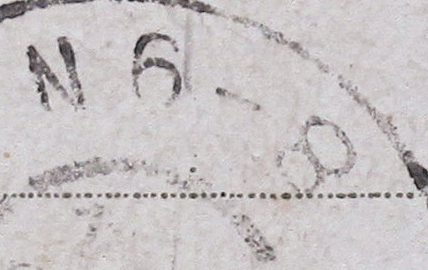
N6-8